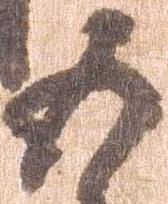
五